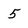
Character: 5